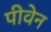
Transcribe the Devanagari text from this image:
पीवेन